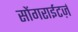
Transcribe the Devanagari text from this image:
सोंगराईटर्ज़